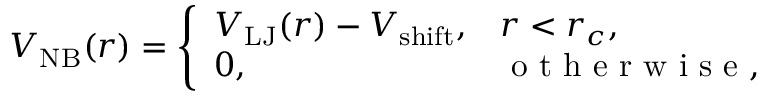
V _ { \mathrm { N B } } ( r ) = \left\{ \begin{array} { l l } { V _ { \mathrm { L J } } ( r ) - V _ { \mathrm { s h i f t } } , } & { r < r _ { c } , } \\ { 0 , } & { \mathrm { ~ o ~ t ~ h ~ e ~ r ~ w ~ i ~ s ~ e ~ , ~ } } \end{array} \right.